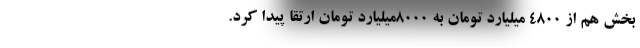
بخش هم از 4800 میلیارد تومان به 8000میلیارد تومان ارتقا پیدا کرد.